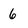
Character: 6